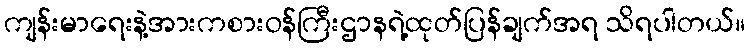
ကျန်းမာရေးနဲ့အားကစားဝန်ကြီးဌာနရဲ့ထုတ်ပြန်ချက်အရ သိရပါတယ်။